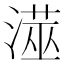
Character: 𭲁